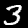
Label: 3